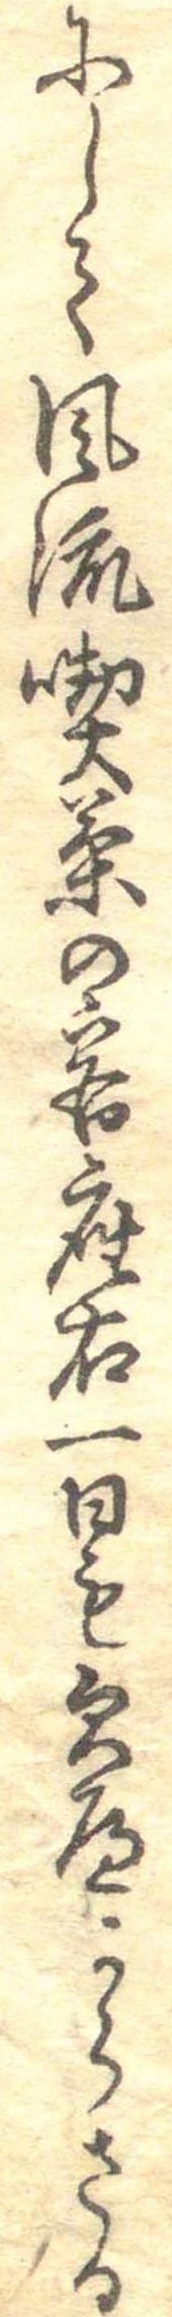
にして風流喫茶の客座右一日も欠へからさる